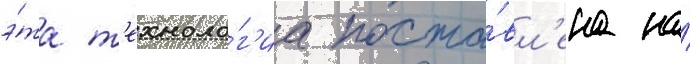
э́та т'ехноло́г'иа поста́вл'ена на́